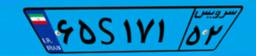
۶۵S۱۷۱۵۲